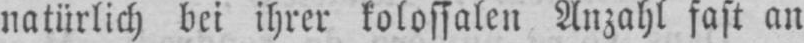
natürlich bei ihrer kolossalen Anzahl fast an